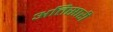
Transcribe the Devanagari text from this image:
अतिसारी